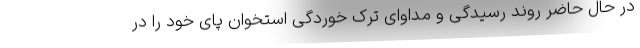
در حال حاضر روند رسیدگی و مداوای ترک خوردگی استخوان پای خود را در